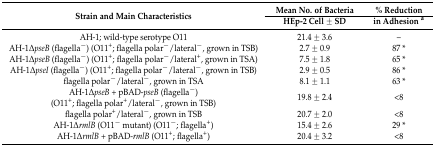
| <ROWSPAN=2> Strain and Main Characteristics | Mean No. of Bacteria | % Reduction |
 | HEp-2 Cell ± SD | in Adhesion a |
 | --- | --- | --- |
 | AH-1; wild-type serotype O11 | 21.4 ± 3.6 | – |
 | AH-1ΔpseB (flagella−) (O11+; flagella polar−/lateral−, grown in TSB) | 2.7 ± 0.9 | 87 * |
 | AH-1∆pseB (flagella−) (O11+; flagella polar−/lateral+, grown in TSA) | 7.5 ± 1.8 | 65 * |
 | AH-1∆pseI (flagella−) (O11+; flagella polar−/lateral−, grown in TSB) | 2.9 ± 0.5 | 86 * |
 | flagella polar−/lateral−, grown in TSA | 8.1 ± 1.1 | 63 * |
 | AH-1∆pseB + pBAD-pseB (flagella−) (O11+; flagella polar+/lateral−, grown in TSB) | 19.8 ± 2.4 | <8 |
 | flagella polar+/lateral−, grown in TSB | 20.7 ± 2.0 | <8 |
 | AH-1∆rmlB (O11− mutant) (O11−; flagella+) | 15.4 ± 2.6 | 29 * |
 | AH-1∆rmlB + pBAD-rmlB (O11+; flagella+) | 20.4 ± 3.2 | <8 |